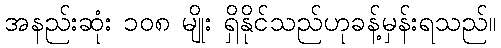
အနည်းဆုံး ၁၀၈ မျိုး ရှိနိုင်သည်ဟုခန့်မှန်းရသည်။